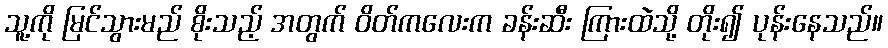
သူ့ကို မြင်သွားမည် စိုးသည့် အတွက် ဝိတ်ကလေးက ခန်းဆီး ကြားထဲသို့ တိုး၍ ပုန်းနေသည်။